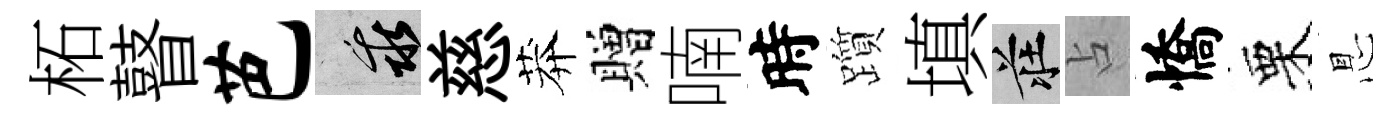
柘瞽芭乖慈莽贈喃時躓填莊占憍栗㤙